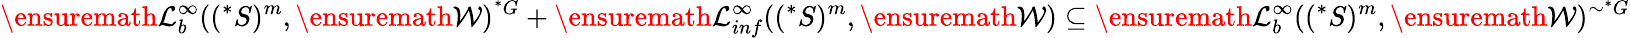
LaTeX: \ensuremath{\mathcal{L}}_{b}^{\infty}((^{*}S)^{m},\ensuremath{\mathcal{W}})^{^{*}G}+\ensuremath{\mathcal{L}}_{inf}^{\infty}((^{*}S)^{m},\ensuremath{\mathcal{W}})\subseteq\ensuremath{\mathcal{L}}_{b}^{\infty}((^{*}S)^{m},\ensuremath{\mathcal{W}})^{\sim^{*}G}